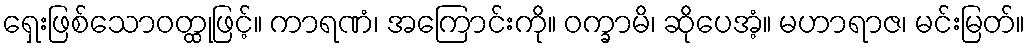
ရှေးဖြစ်သောဝတ္ထုဖြင့်။ ကာရဏံ၊ အကြောင်းကို။ ဝက္ခာမိ၊ ဆိုပေအံ့။ မဟာရာဇ၊ မင်းမြတ်။